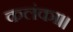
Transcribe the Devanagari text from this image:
कलंका।।